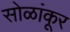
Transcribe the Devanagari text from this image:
सोळांकूर